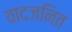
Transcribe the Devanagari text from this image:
वादजनित